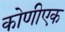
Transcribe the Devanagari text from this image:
कोणीएक